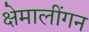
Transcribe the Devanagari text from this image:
क्षेमालींगन